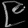
Digit: ၉